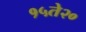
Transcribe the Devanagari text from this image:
१५ते२०